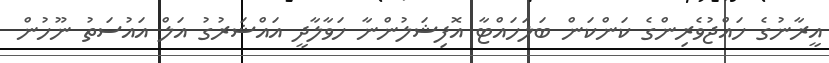
އީރާނުގެ ހައްޖުވެރިންގެ ކަންކަން ބަލަހައްޓާ އޮފިޝަލުންނާ ހަވާލާދީ އައްޝަރުގު އަލް އައުސަތު ނޫހުން